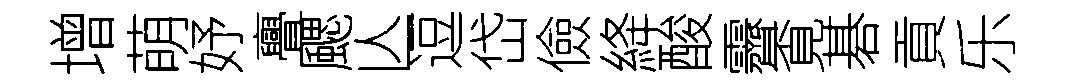
增萌妤亹颸亾逗岱儉絳酸霽覔碁貢乐